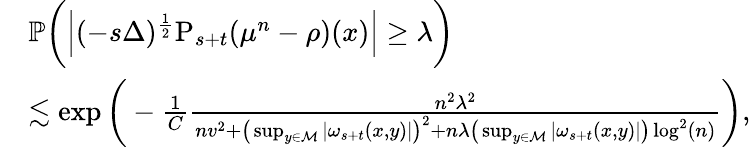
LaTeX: \begin{array}{rl}&{\mathbb{P}\bigg(\Big\vert(-s\Delta)^{\frac{1}{2}}\mathrm{P}_{s+t}(\mu^{n}-\rho)(x)\Big\vert\geq\lambda\bigg)}\\ &{\lesssim\exp\bigg(-\frac{1}{C}\frac{n^{2}\lambda^{2}}{nv^{2}+\big(\operatorname*{sup}_{y\in\mathcal{M}}\vert\omega_{s+t}(x,y)\vert\big)^{2}+n\lambda\big(\operatorname*{sup}_{y\in\mathcal{M}}\vert\omega_{s+t}(x,y)\vert\big)\log^{2}(n)}\bigg),}\end{array}